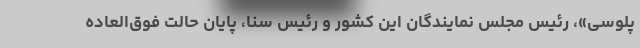
پلوسی»، رئیس مجلس نمایندگان این کشور و رئیس سنا، پایان حالت فوق‌العاده